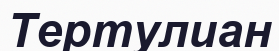
Тертулиан